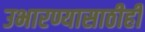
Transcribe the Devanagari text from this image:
उभारण्यासाठीही